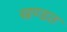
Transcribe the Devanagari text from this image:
खण्डत